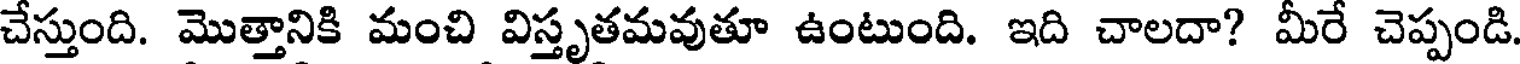
చేస్తుంది. మొత్తానికి మంచి విస్తృతమవుతూ ఉంటుంది. ఇది చాలదా? మీరే చెప్పండి